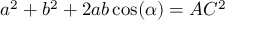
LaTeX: a ^ { 2 } + b ^ { 2 } + 2 a b \cos ( \alpha ) = A C ^ { 2 }